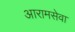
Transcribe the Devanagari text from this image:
आरामसेवा